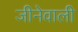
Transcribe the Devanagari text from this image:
जीनेवाली